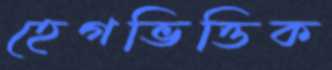
হেগভিত্তিক